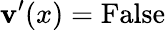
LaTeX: \mathbf{v}^{\prime}(x)={\mathrm{{False}}}